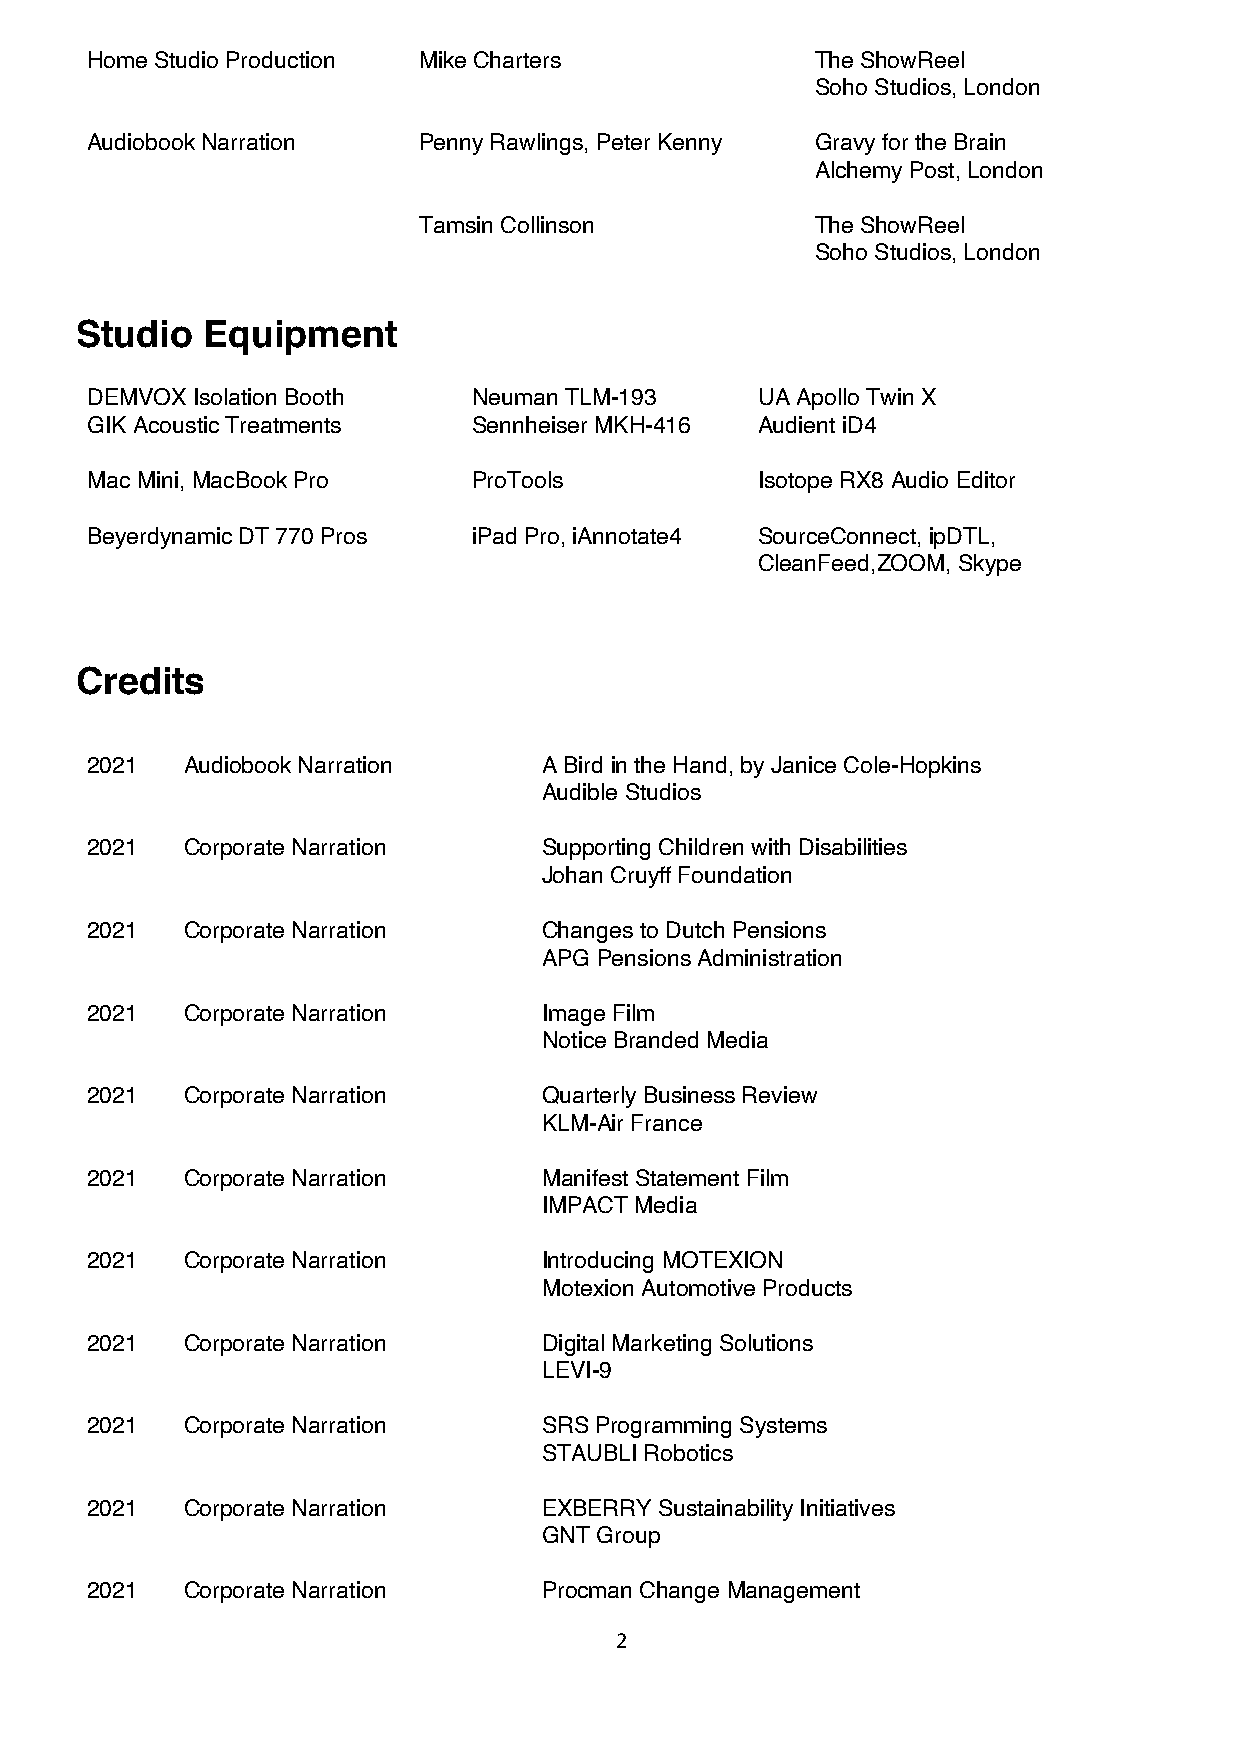
Home Studio Production Mike Charters            The ShowReel
 Soho Studios, London
 Audiobook Narration   Penny Rawlings, Peter Kenny Gravy for the Brain
 Alchemy Post, London
 Tamsin Collinson          The ShowReel
 Soho Studios, London
 Studio  Equipment
 DEMVOX Isolation Booth   Neuman TLM-193     UA Apollo Twin X
 GIK Acoustic Treatments  Sennheiser MKH-416 Audient iD4
 Mac Mini, MacBook Pro    ProTools           Isotope RX8 Audio Editor
 Beyerdynamic DT 770 Pros iPad Pro, iAnnotate4 SourceConnect, ipDTL,
 CleanFeed,ZOOM, Skype
 Credits
 2021  Audiobook Narration     A Bird in the Hand, by Janice Cole-Hopkins
 Audible Studios
 2021  Corporate Narration     Supporting Children with Disabilities
 Johan Cruyff Foundation
 2021  Corporate Narration     Changes to Dutch Pensions
 APG Pensions Administration
 2021  Corporate Narration     Image Film
 Notice Branded Media
 2021  Corporate Narration     Quarterly Business Review
 KLM-Air France
 2021  Corporate Narration     Manifest Statement Film
 IMPACT Media
 2021  Corporate Narration     Introducing MOTEXION
 Motexion Automotive Products
 2021  Corporate Narration     Digital Marketing Solutions
 LEVI-9
 2021  Corporate Narration     SRS Programming Systems
 STAUBLI Robotics
 2021  Corporate Narration     EXBERRY Sustainability Initiatives
 GNT Group
 2021  Corporate Narration     Procman Change Management
 2